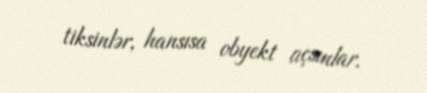
tiksinlər, hansısa obyekt açsınlar.